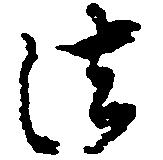
法